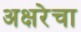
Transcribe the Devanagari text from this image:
अक्षरेचा